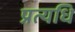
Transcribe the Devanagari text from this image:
प्रत्यधि